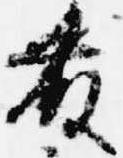
藤